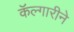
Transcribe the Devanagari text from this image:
कॅल्गारीने